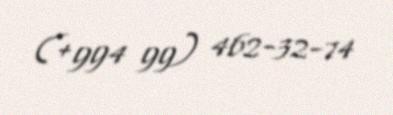
(+994 99) 462-32-74